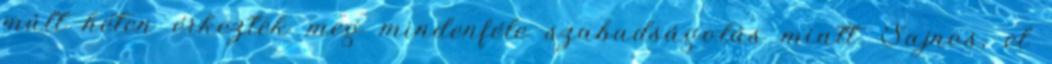
múlt héten érkeztek meg mindenféle szabadságolás miatt. Sajnos, el